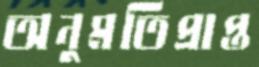
অনুমতিপ্রাপ্ত